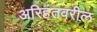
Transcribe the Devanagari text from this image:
अरिहंतवरील